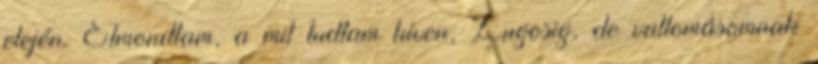
elején. Elmondtam, a mit tudtam híven, Lugosig, de vallomásomnak